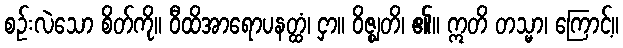
စဉ်းလဲသော စိတ်ကို။ ဝီထိအာရောပနတ္ထံ၊ ငှာ။ ဝိဇ္ဈတိ၊ ၏။ ဣတိ တသ္မာ၊ ကြောင့်။